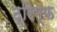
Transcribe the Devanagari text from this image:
ट्रिम्फ